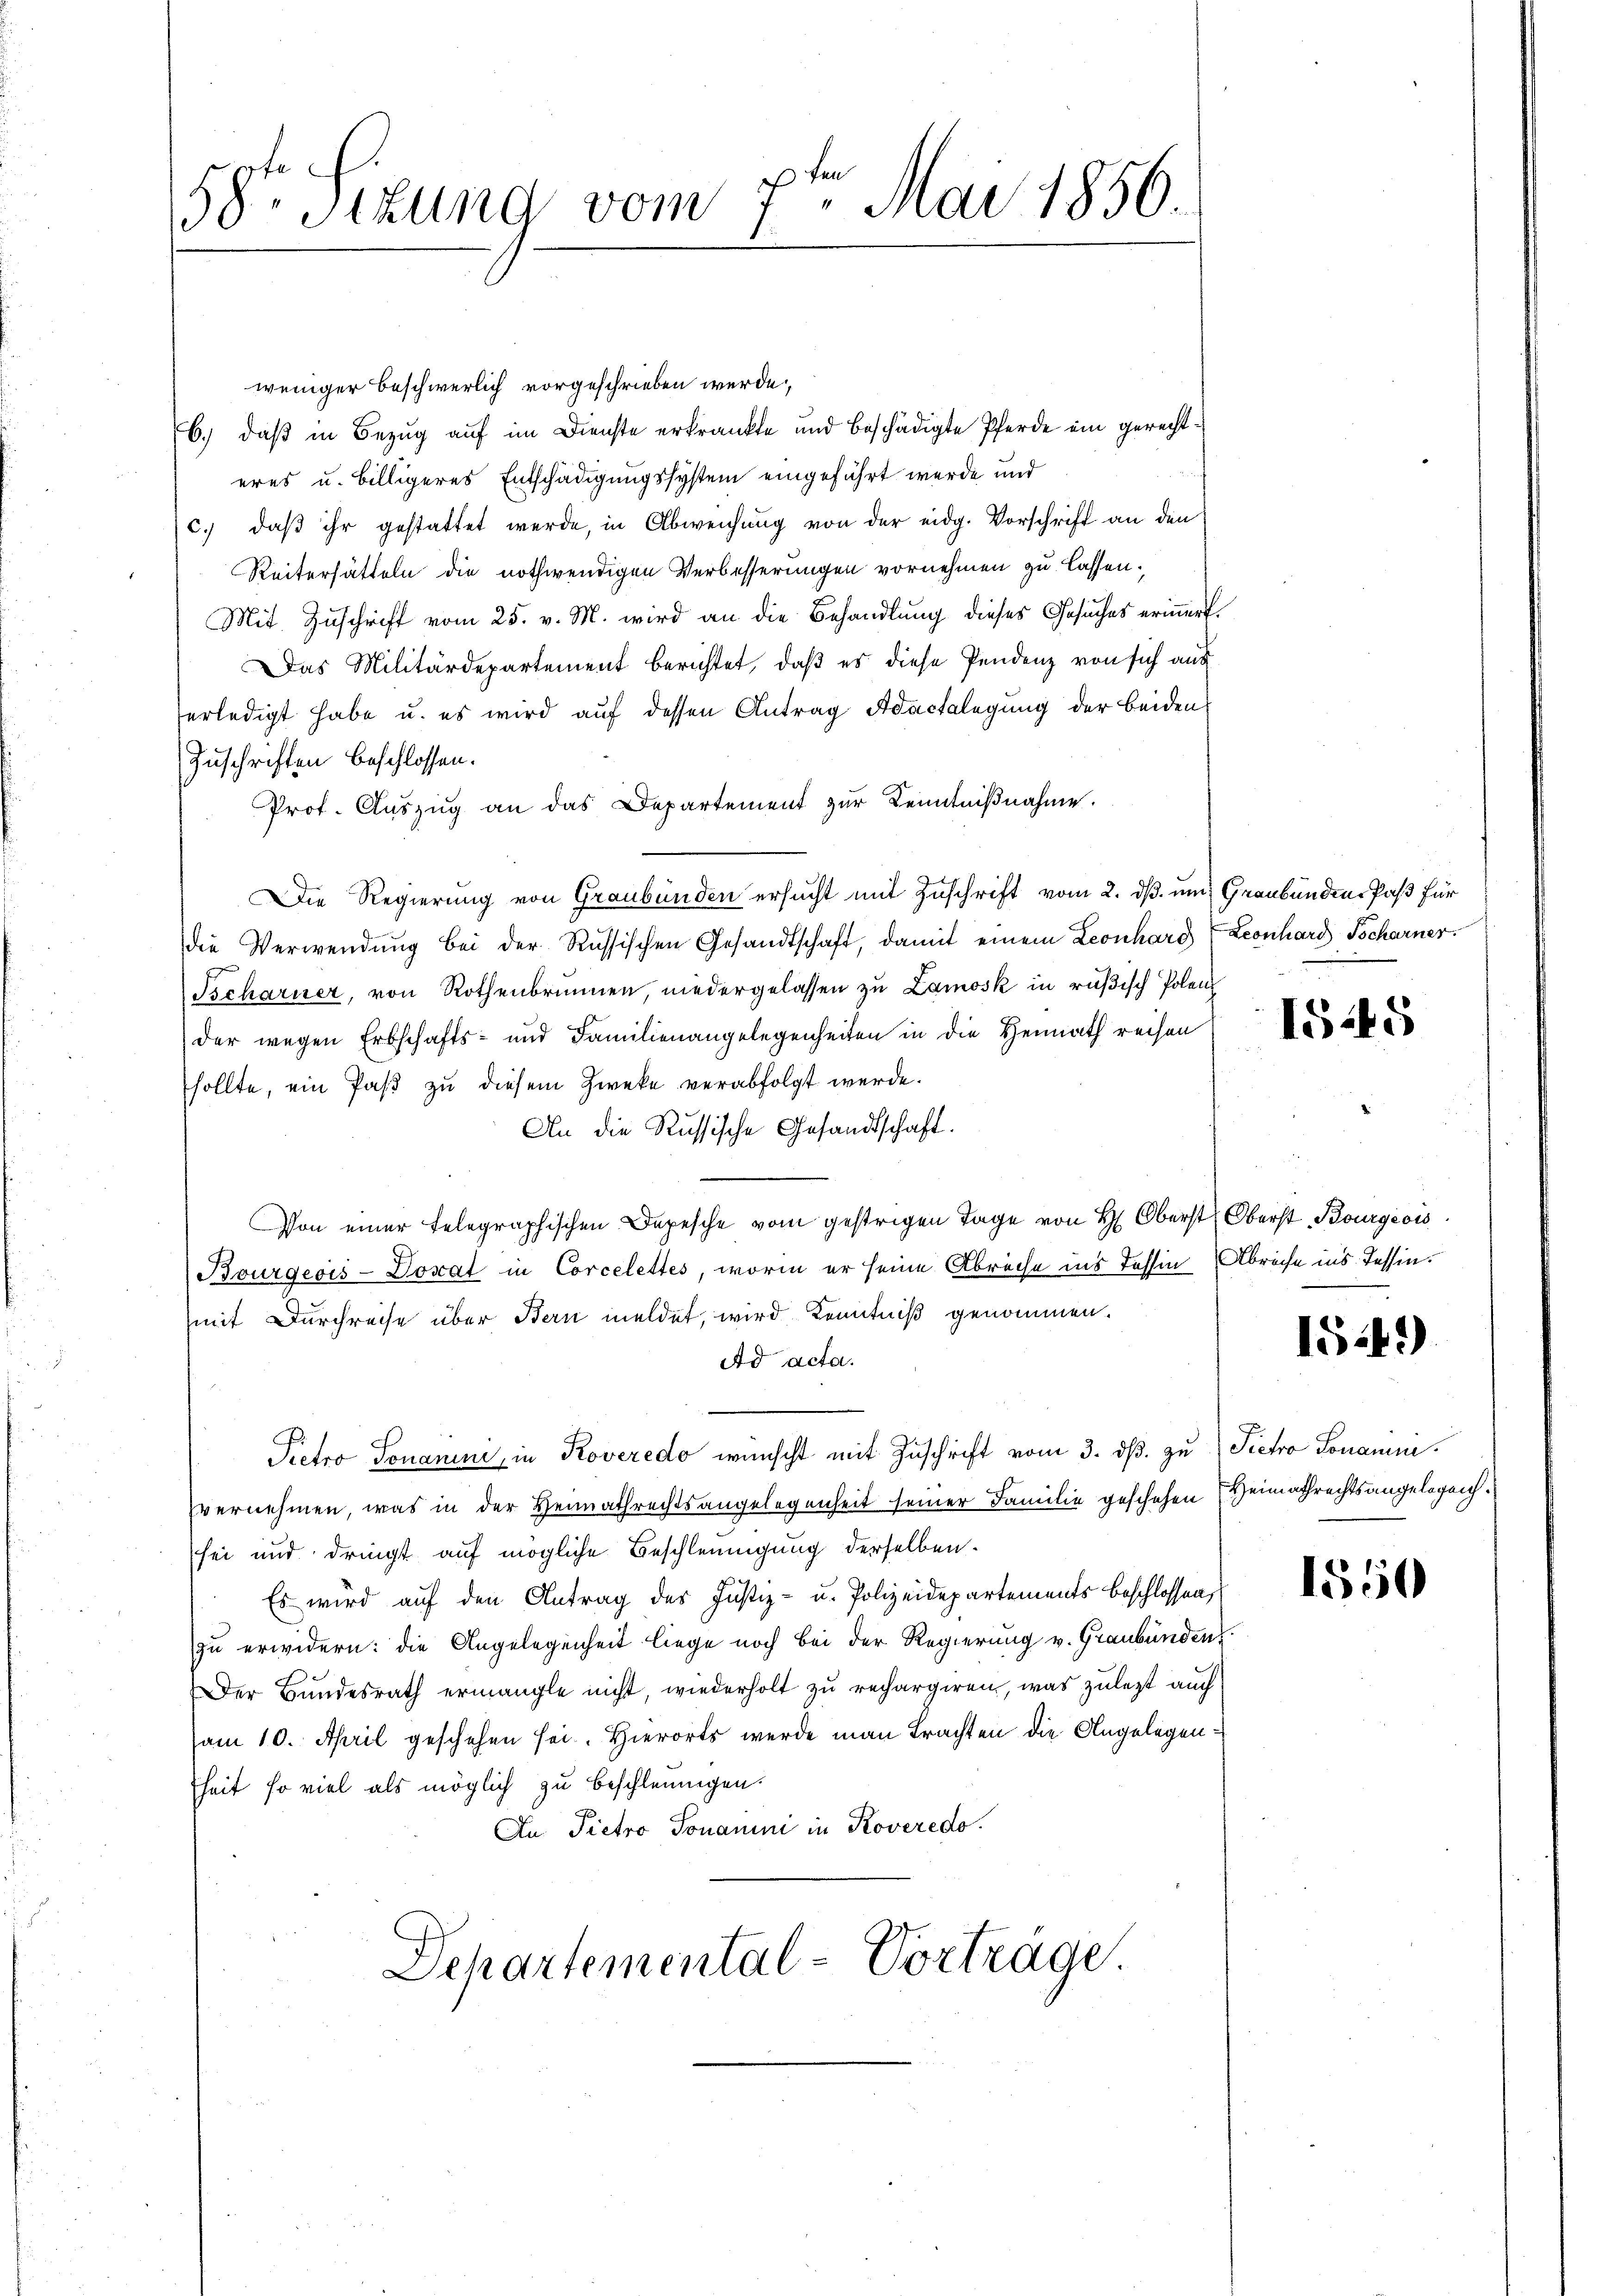
58te Sitzung vom 7ten Mai 1856.

weniger beschwerlich vorgeschrieben werde,
b.) daß in Bezug auf im Dienste erkränkte und beschädigte Pferde ein gerechteres u. billigeres Entschädigungssystem eingeführt werde und
c. daβ ihr gestattet werde, in Abweichung von der eidg. Vorschrift an den
Reiterhätteln die nothwendigen Verbesserungen vornehmen zu lassen:
Mit Zuschrift vom 25. v. M. wird an die Behandlung dieses Gesuches erinnert.
Das Militärdepartement berichtet, daß es diese Pendenz von sich aus
erledigt habe u. es wird auf dessen Antrag Adactalegung der beiden
Zuschriften beschlossen.
Prof. Auszug an das Departement zur Kenntnißnahme.
Die Regierung von Graubünden ersucht mit Zuschrift vom 2. dß. und Graubünden Paß für
die Verwendung bei der Russischen Gesandtschaft, damit einem Leonhard Leonhard Tscharner.
Tscharner, von Rothenbrunnen, niedergelassen zu Lamosk in rußisch Polenz
der wegen Erbschafts- und Familienangelegenheiten in die Heimath reisen
sollte, ein Paß zu diesem Zweke verabfolgt werde.
An die Russische Gesandtschaft.
Von einer telegraphischen Depesche vom gestrigen Tage von H. Oberst Oberst Bourgeois
Bourgeois-Dorat in Corcelettes, worin er seine Abreche ins Tessin Abreche ins Tessin.
mit Durchreise über Bern meldet, wird Kenntniß genommen.
Ad acta.
Pietro Tonanimi, in Roveredo wünscht mit Zuschrift vom 3. ds. zu Pietro Ponamini
vernehmen, was in der Heimathrechtsangelegenheit seiner Familie geschehen Heimathrechtsangelegen.
sei und dringt auf mögliche Beschleunigung derselben.
Es wird auf den Antrag des Justiz- u. Polizeidepartements beschlossen,
zu erwidern: die Angelegenheit liege noch bei der Regierung v. Graubünden
e
Der Bundesrath ermangle nicht, wiederholt zu rechargiren, was zuletzt auch
am 10. April geschehen sei. Hierorts werde man Trachten die Angelegenheit so viel als möglich zu beschleunigen.
An Pietro Tonamini in Roveredo
Departemental-Vorträge.

1525

1542)

1550